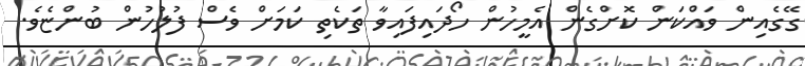
ގޭގެއިން ވައްކަން ކޮށްގެން އެމީހުން ހޯދައިފައިވާ ތަކެތި ކަމަށް ވެސް ފުލުހުން ބުންޏެވެ.